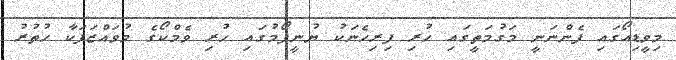
މިވީޑިއޯގައި ފެންނަނީ މަގުމަތީގައި ހުރި ފިރިހެނަކު ޔުނީފޯމުގައި ހުރި ވެމްކޯގެ މުވައްޒަފަކާ ހުތުރު